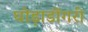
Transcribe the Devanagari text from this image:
घोड़ाडोंगरी